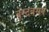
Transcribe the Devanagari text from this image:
बेस्टबसनं